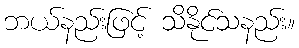
ဘယ်နည်းဖြင့် သိနိုင်သနည်း။